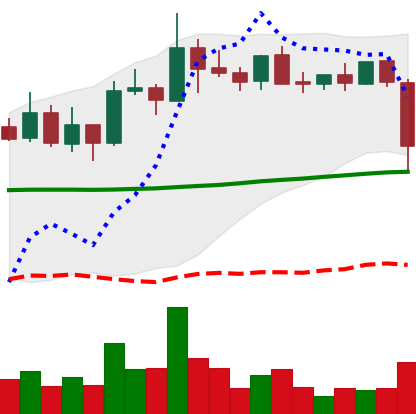
Ticker: XLM-USD
Chart end date: 2021-10-27
Forward return: 10.823%
Label: up_7plus